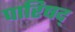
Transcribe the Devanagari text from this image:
पारिषद्